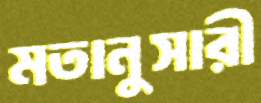
মতানুসারী